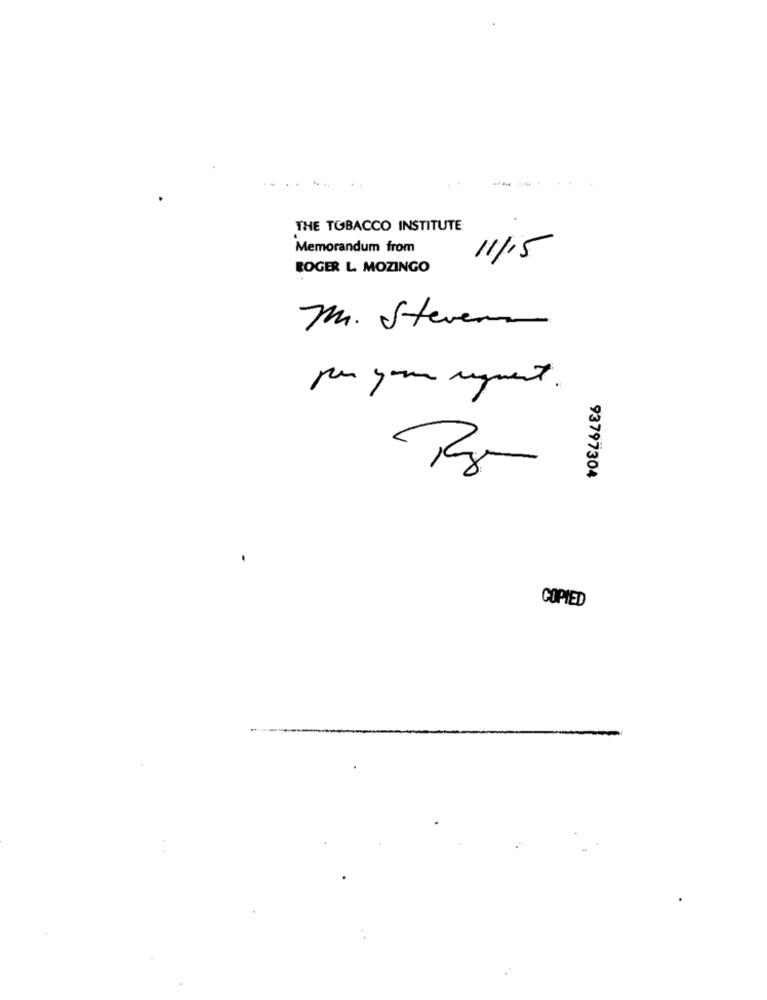
THE TOBACCO INSTITUTE
Memorandum from
11/15
ROGER L. MOZINGO
M. Steven
per your request.
93797304
COPIED